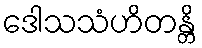
ဒေါသသံဟိတန္တိ